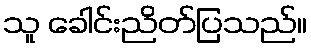
သူ ခေါင်းညိတ်ပြသည်။